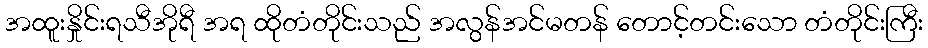
အထူးနှိုင်းရသီအိုရီ အရ ထိုတံတိုင်းသည် အလွန်အင်မတန် တောင့်တင်းသော တံတိုင်းကြီး